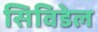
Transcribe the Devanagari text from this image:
सिविडेल